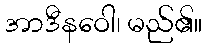
အာဒီနဝေါ၊ မည်၏။